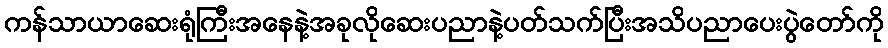
ကန်သာယာဆေးရုံကြီးအနေနဲ့အခုလိုဆေးပညာနဲ့ပတ်သက်ပြီးအသိပညာပေးပွဲတော်ကို